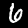
Digit: 6